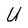
Character: U